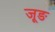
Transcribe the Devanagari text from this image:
जूङ